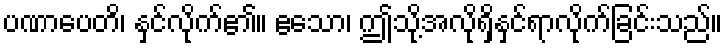
ပဏာပေတိ၊ နှင်လိုက်၏။ ဧသော၊ ဤသို့အလိုရှိနှင်ရာလိုက်ခြင်းသည်။